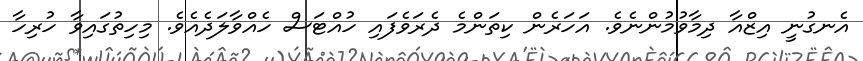
އެނގުނީ އިޒްއާ ދިމާވުމުންނެވެ. އަހަރެން ކިތަންމެ ދެރަވެފައި ހުއްޓަސް ހެއްވާލަދެއެވެ. މިހިތުގައިވާ ހުރިހާ